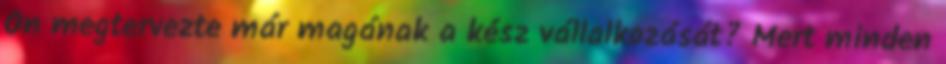
Ön megtervezte már magának a kész vállalkozását? Mert minden